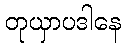
တုယှာပဒါနေ